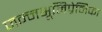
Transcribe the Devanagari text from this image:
जन्मभूमिप्रेमिका